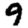
Digit: 9